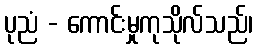
ပုညံ - ကောင်းမှုကုသိုလ်သည်၊